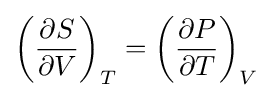
\left({\frac {\partial S}{\partial V}}\right)_{T}=\left({\frac {\partial P}{\partial T}}\right)_{V}